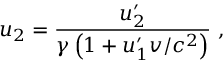
u _ { 2 } = { \frac { u _ { 2 } ^ { \prime } } { \gamma \left( 1 + u _ { 1 } ^ { \prime } v / c ^ { 2 } \right) } } \ ,